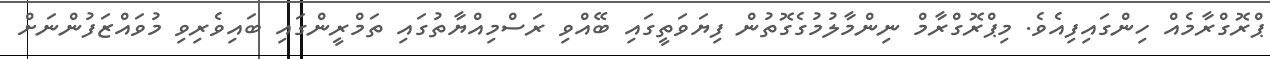
ޕްރޮގްރާމެއް ހިންގައިފިއެވެ. މިޕްރޮގްރާމް ނިންމާލުމުގެގޮތުން ފިޔަވަތީގައި ބޭއްވި ރަސްމިއްޔާތުގައި ތަމްރީންގައި ބައިވެރިވި މުވައްޒަފުންނަށް